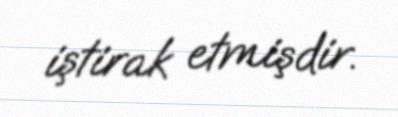
iştirak etmişdir.